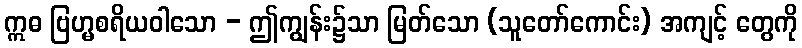
ဣဓ ဗြဟ္မစရိယဝါသော - ဤကျွန်း၌သာ မြတ်သော (သူတော်ကောင်း) အကျင့် တွေကို